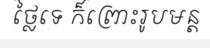
ថ្លៃទេ ក៏ព្រោះរូបមន្ត